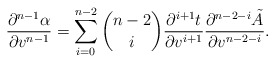
\begin{align*} \frac{\partial^{n-1}\alpha}{\partial v^{n-1}}=\sum_{i=0}^{n-2}\binom{n-2}{i}\frac{\partial^{i+1}t}{\partial v^{i+1}}\frac{\partial^{n-2-i}\tilde{A}}{\partial v^{n-2-i}}.\end{align*}